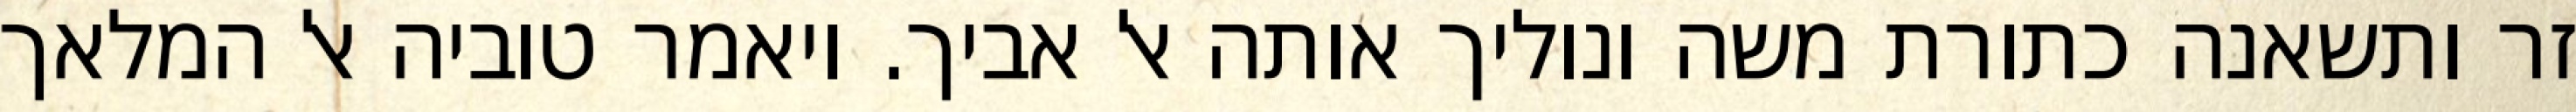
זר ותשאנה כתורת משה ונוליך אותה אל אביך. ויאמר טוביה אל המלאך